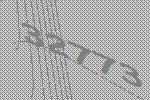
32773